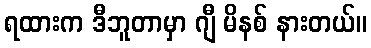
ရထားက ဒီဘူတာမှာ ဂျီ မိနစ် နားတယ်။